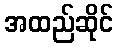
အထည်ဆိုင်